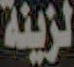
لزينة